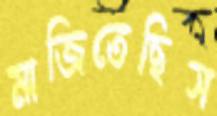
মাজিতেছিস